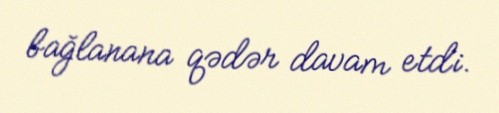
bağlanana qədər davam etdi.